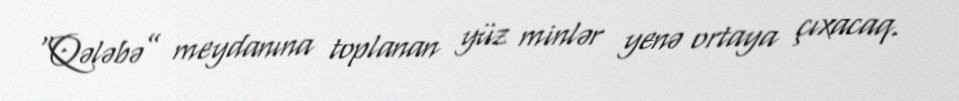
“Qələbə” meydanına toplanan yüz minlər yenə ortaya çıxacaq.